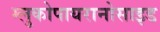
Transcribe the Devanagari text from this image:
ग्लुकोपायरानोसाइड